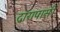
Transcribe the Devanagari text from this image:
द्वारापासी